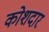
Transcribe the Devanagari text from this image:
कोशदार